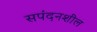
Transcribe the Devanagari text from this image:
सपंदनशील